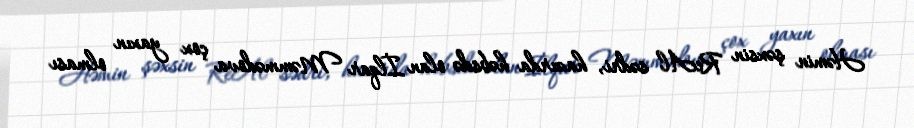
Həmin şəxsin ReAl sədri, hazırda həbsdə olan İlqar Məmmədova çox yaxın olması